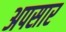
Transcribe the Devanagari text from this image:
अपसार